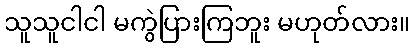
သူသူငါငါ မကွဲပြားကြဘူး မဟုတ်လား။